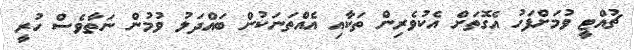
ޗުއްޓީ ވުމަށްފަހު އެގޮތަށް އެކުވެރިން ތަކާއި އެއްތަނަކުން ބައްދަލު ވުމުން ނަތާވެސް ހުރީ